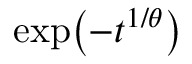
\exp \! \left( - t ^ { 1 / \theta } \right)